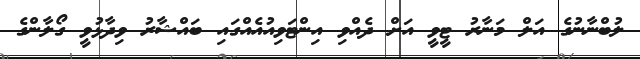
ލުބްނާނުގެ އަލް މަނާރު ޓީވީ އަށް ދެއްވި އިންޓަވިއުއެއްގައި ބައްޝާރު ވިދާޅުވީ ގޯލާންގެ